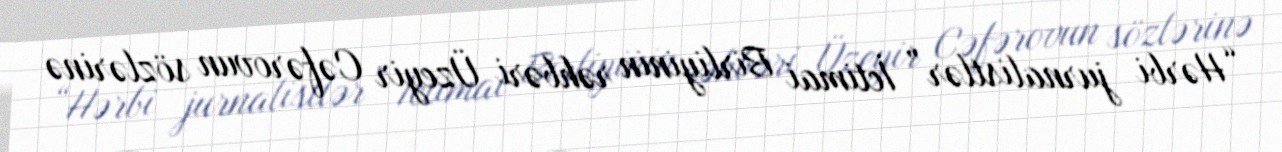
“Hərbi jurnalistlər” İctimai Birliyinin rəhbəri Üzeyir Cəfərovun sözlərinə